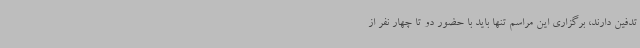
تدفین دارند، برگزاری این مراسم تنها باید با حضور دو تا چهار نفر از